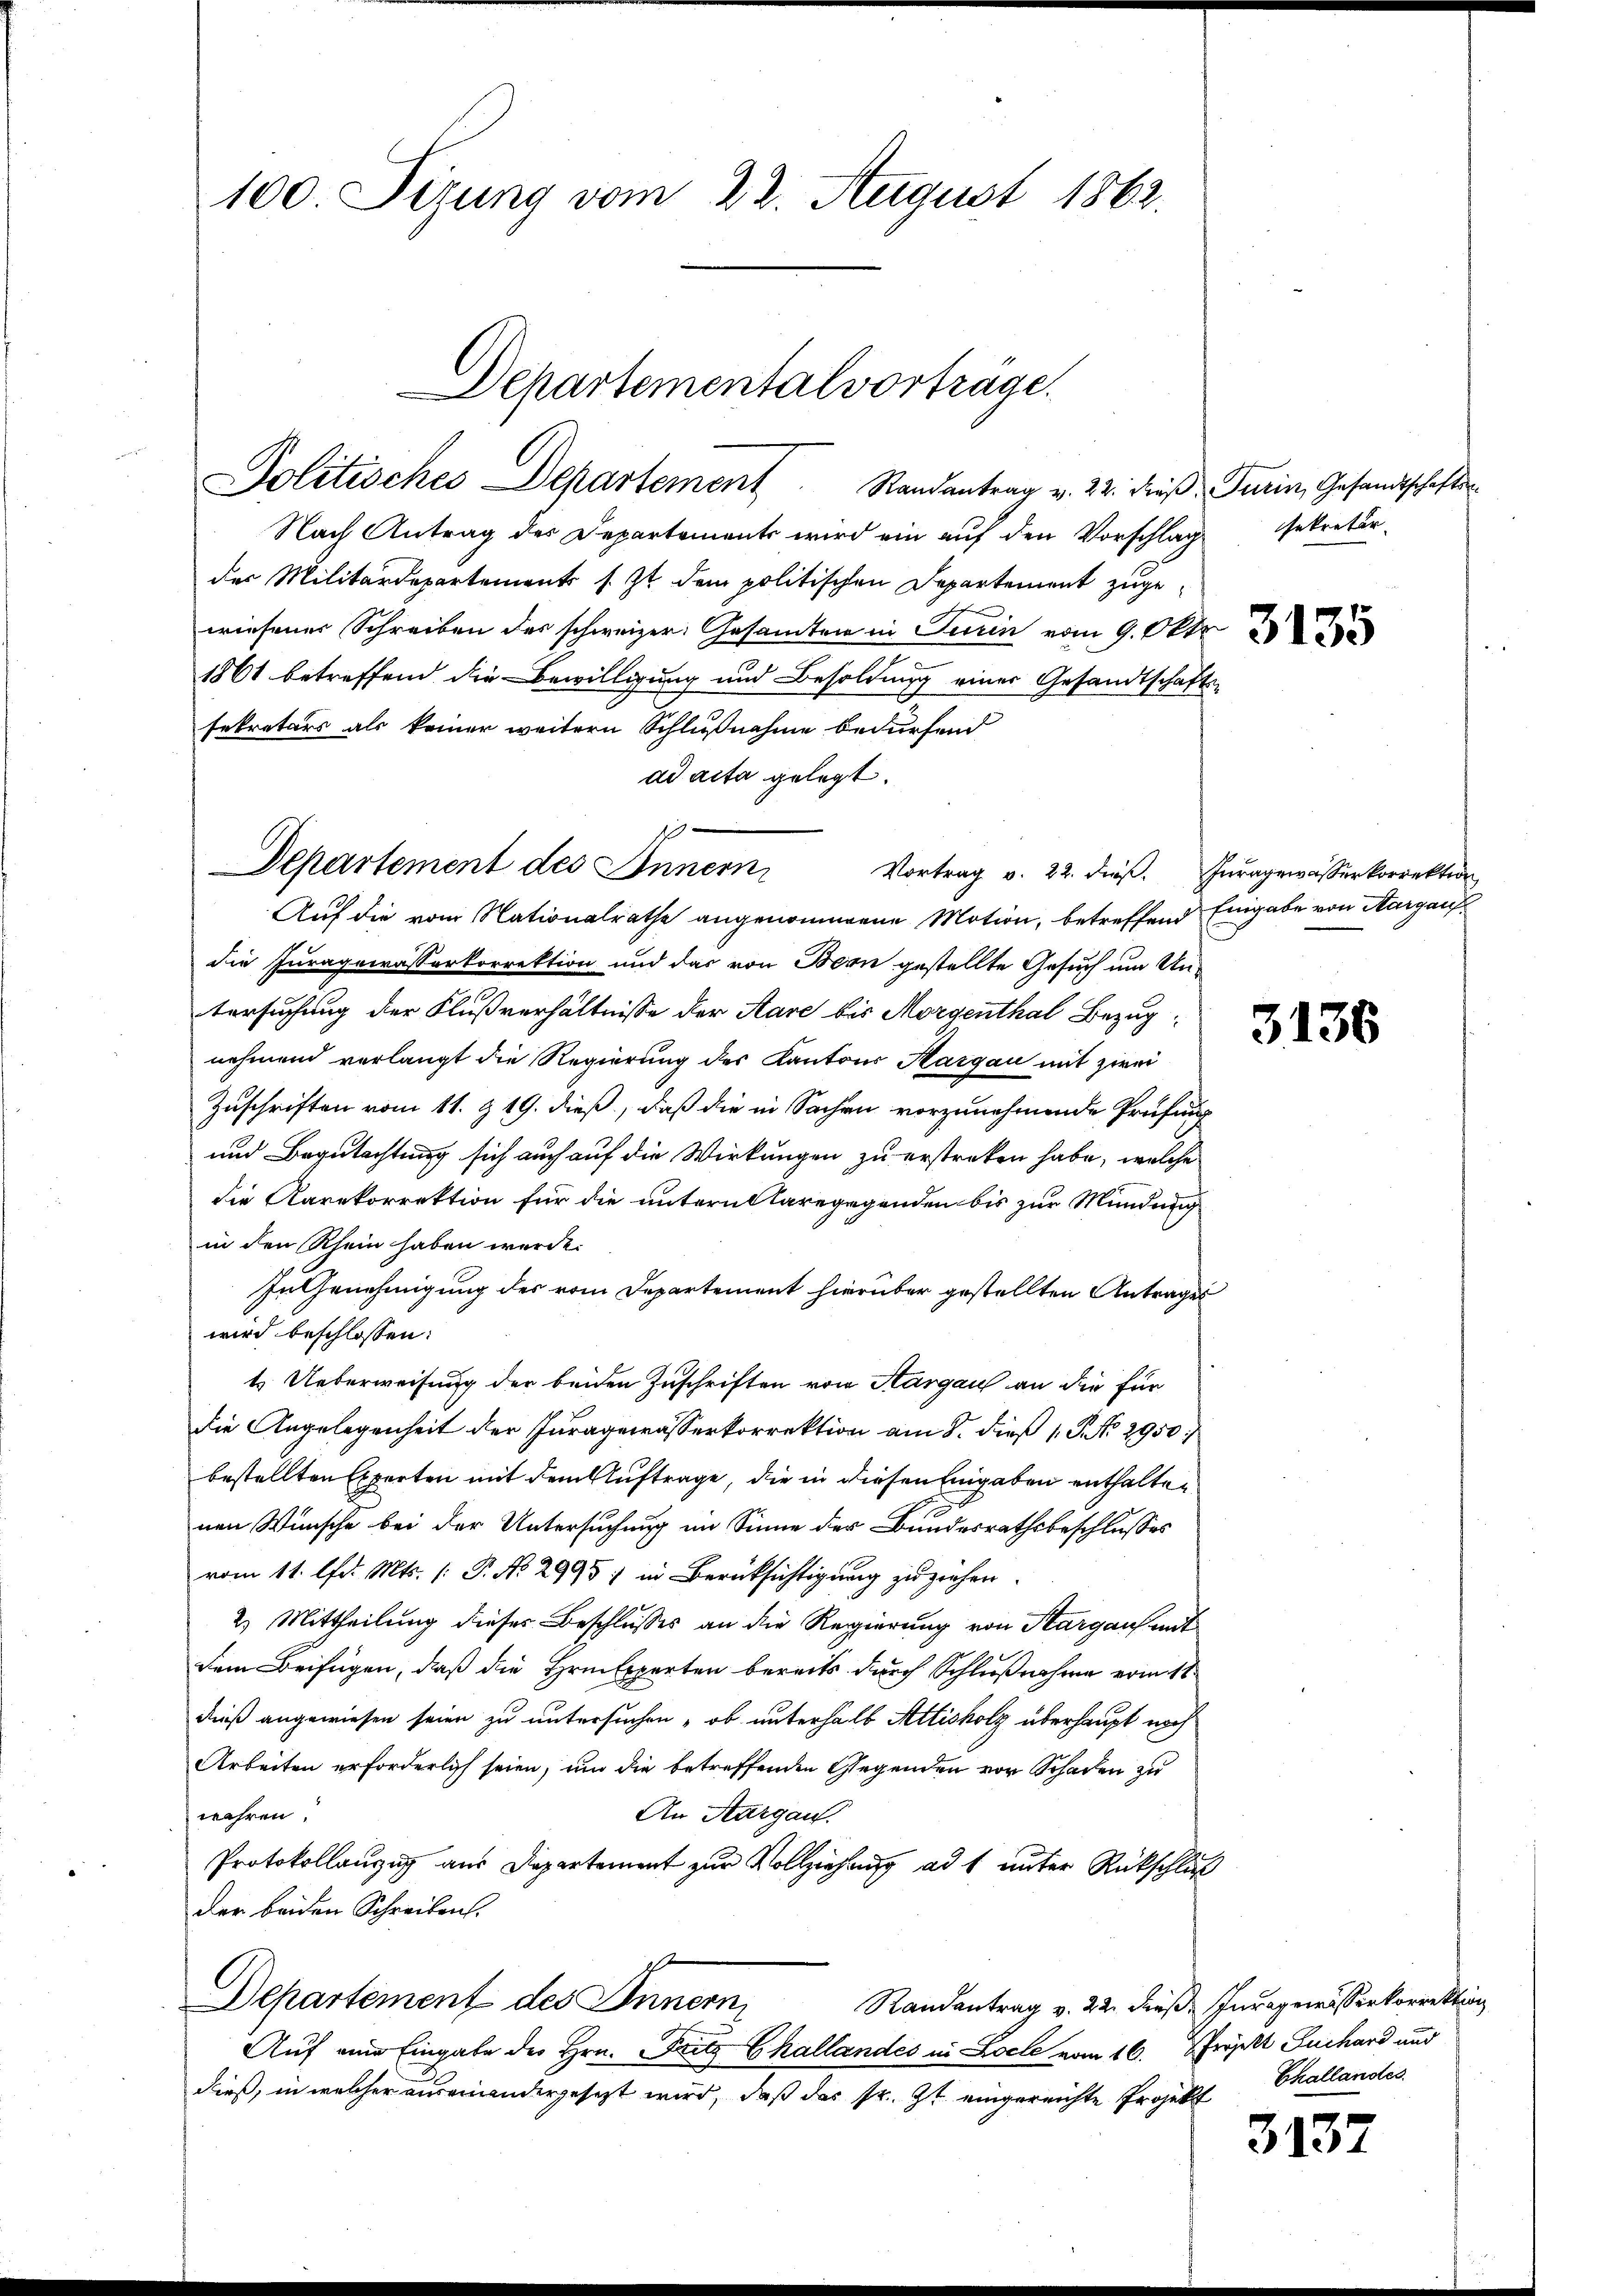
100. Sizung vom 22. August 1862.

Politisches Departement Randantrag v. 22. dieß, Turin, Gesandtschafts
Nach Antrag des Departements wird ein auf den Vorschlag
der Militärdepartements s. Zt. dem politischen Departement zugewiesener Schreiben des schweizer Gesamten in Turin vom 9. Okto
1861 betreffend die Bewilligung und Besoldung einer Gesandtschafts-
sekretärs als keiner weitern Schlußnahme bedürfend
ad acta gelegt.
Departement des Inner
Vortrag v. 22. dieß. Iuragewasserkorrektion
Auf die vom Nationalrathe angenommene Motion, betreffend Eingabe von Aargauf
die Juragewasserkorrektion und das von Bern gestellte Gesuch um Untersuchung der Flußverhältnisse der Aare bis Morgenthal Bezug
nehmend verlangt die Regierung des Kantons Aargau mit zwei
Zuschriften vom 11. & 19. dieß, daß die in Sachen vorzunehmende Prüfung
und Begutachtung sich auch auf die Wirkungen zu erstreken habe, welche
die Karakorrektion für die unternklare gegenden bis zur Mündung
in den Rhein haben werde.
In Genehmigung des vom Departement hierüber gestellten Antrages
wird beschlossen:
t Ueberweisung der beiden Zuschriften von Aargau an die für
die Angelegenheit der Juragewässerkorrektion am 8. dieß 1 P. No. 2950
bestellten Experten mit dem Auftrage, die in diesen Eingaben enthalten
nen Wünsche bei der Untersuchung im Sinne der Bundesrathsbeschlusses
vom 11. d. Mts. [: P. No 2995) in Berüksichtigung zuziehen.
2) Mittheilung dieses Beschlusses an die Regierung von Sargauf mit
dem Beifügen, daß die Hrn. Experten bereits durch Schlußnahme erm 11.
dieß angewiesen seien zu untersuchen „ob unterhalb Attisholz überhaupt noch
Arbeiten erforderlich seien, und die betreffenden Gegenden vor Schaden zu
wahren.
An Aargau.
Protokollauzug aus Departement zur Vollziehung ad 1 unter Rückschluß
der beiden Schreiben.
Departement des Innern,
Randantrag v. 22. dieß. Inzagewisserkorrektion
Auf eine Eingabe des Hrn. Fritz Ghallandes in Loche vom 16. Projekt Fuchard und
dieß, in welcher auseinandergesezt wird, daß das sr. Zt. eingereichte Projekt Ekallandes

Departemental vortrage.

1

sekretir

3135

3136

3137